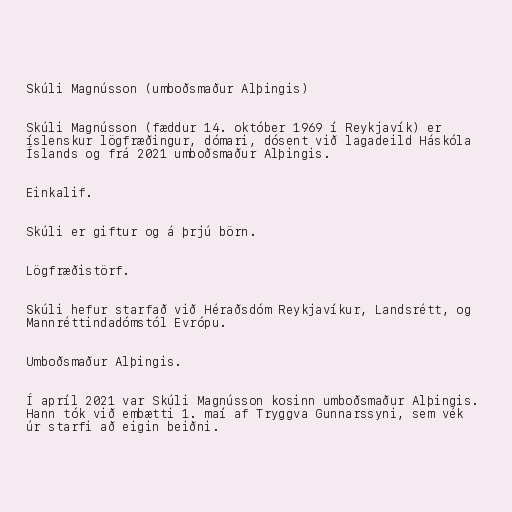
Skúli Magnússon (umboðsmaður Alþingis)

Skúli Magnússon (fæddur 14. október 1969 í Reykjavík) er
íslenskur lögfræðingur, dómari, dósent við lagadeild Háskóla
Íslands og frá 2021 umboðsmaður Alþingis.

Einkalif.

Skúli er giftur og á þrjú börn.

Lögfræðistörf.

Skúli hefur starfað við Héraðsdóm Reykjavíkur, Landsrétt, og
Mannréttindadómstól Evrópu.

Umboðsmaður Alþingis.

Í apríl 2021 var Skúli Magnússon kosinn umboðsmaður Alþingis.
Hann tók við embætti 1. maí af Tryggva Gunnarssyni, sem vék
úr starfi að eigin beiðni.